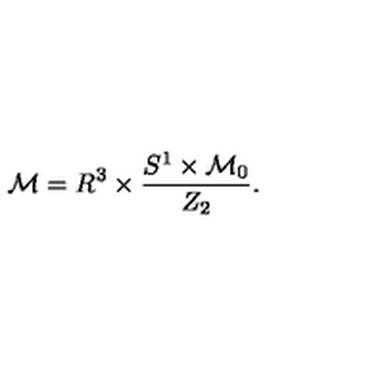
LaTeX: { \cal M } = R ^ { 3 } \times \frac { S ^ { 1 } \times { \cal M } _ { 0 } } { Z _ { 2 } } .